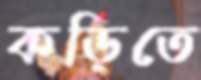
কড়িতে